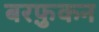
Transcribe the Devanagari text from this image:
बरफ़ुकन